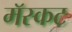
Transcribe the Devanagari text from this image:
मॅस्कट